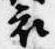
衣